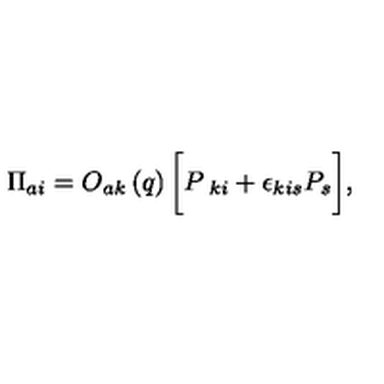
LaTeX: \Pi _ { a i } = O _ { a k } \left( q \right) \biggl [ P _ { \ k i } + \epsilon _ { k i s } P _ { s } \biggr ] ,